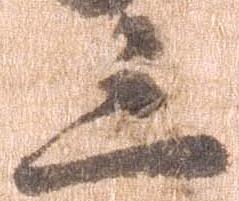
三